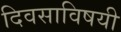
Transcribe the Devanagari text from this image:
दिवसाविषयी